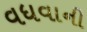
વધવાની